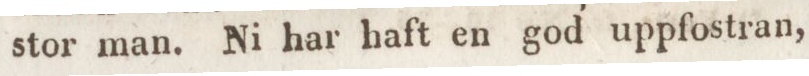
stor man. Ni har haft en god uppfostran,